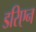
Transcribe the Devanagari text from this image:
डरिएन